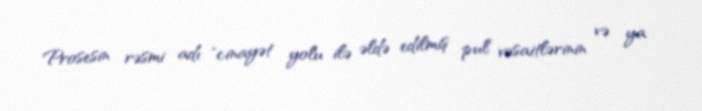
Prosesin rəsmi adı "cinayət yolu ilə əldə edilmiş pul vəsaitlərinin və ya